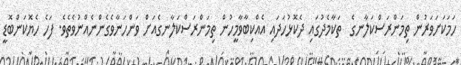
ހަމަކަށަވަރުން ތިމަންރަސްކަލާނގެ  ތަކާމެދުގައި ދެކޮޅުހަދައި އެއްކިބާވާމީހުން ތިމަންރަސްކަލާނގެއަށް ވަންހަނާވެގެންނެއްނުވެތެވެ. ފަހެ ހެޔޮކަންބޮޑީ